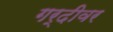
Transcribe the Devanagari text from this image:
गर्दीवर